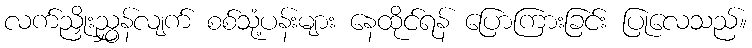
လက်ညှိုးညွှန်လျက် စစ်သုံ့ပန်းများ နေထိုင်ရန် ပြောကြားခြင်း ပြုလေသည်။